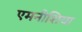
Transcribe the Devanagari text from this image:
एमनीशिया